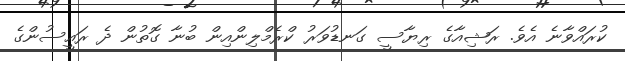
ކުރައްވާނެ އެވެ. ރަޝިއާގެ ރިޔާސީ ގަނޑުވަރު ކްރެމްލިންއިން ބުނާ ގޮތުން ދެ ރައީސުންގެ